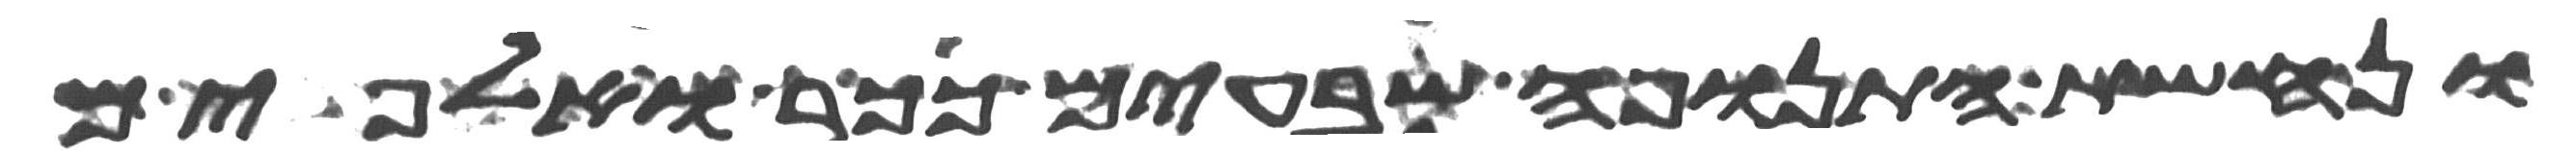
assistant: ונחשת התנופה שבעים ככר ואלפים